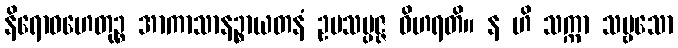
နိရောဓဟေတုဉ္စ အာကာသာနဉ္စာယတနံ ဥပသမ္ပဇ္ဇ ဝိဟရတိ။ န ဟိ သက္ကာ သဗ္ဗသော